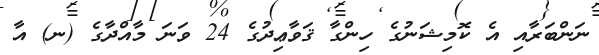
ނަންބަރާއި އެ ކޮމިޝަނުގެ ހިންގާ ޤަވާޢިދުގެ 24 ވަނަ މާއްދާގެ (ނ) އާ